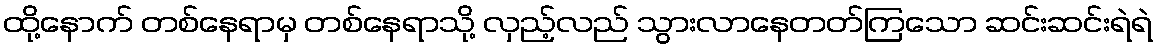
ထို့နောက် တစ်နေရာမှ တစ်နေရာသို့ လှည့်လည် သွားလာနေတတ်ကြသော ဆင်းဆင်းရဲရဲ